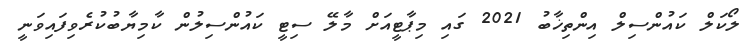
ލޯކަލް ކައުންސިލް އިންތިޚާބު 2021 ގައި މިޕާޓީއަށް މާލޭ ސިޓީ ކައުންސިލުން ކާމިޔާބުކުރެވިފައިވަނީ